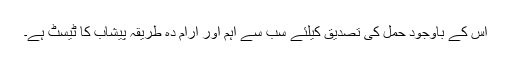
اس کے باوجود حمل کی تصدیق کیلئے سب سے اہم اور آرام دہ طریقہ پیشاب کا ٹیسٹ ہے۔